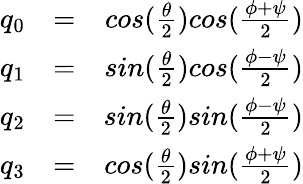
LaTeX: \begin{array}{rlr}{q_{0}}&{=}&{cos(\frac{\theta}{2})cos(\frac{\phi+\psi}{2})}\\ {q_{1}}&{=}&{sin(\frac{\theta}{2})cos(\frac{\phi-\psi}{2})}\\ {q_{2}}&{=}&{sin(\frac{\theta}{2})sin(\frac{\phi-\psi}{2})}\\ {q_{3}}&{=}&{cos(\frac{\theta}{2})sin(\frac{\phi+\psi}{2})}\end{array}